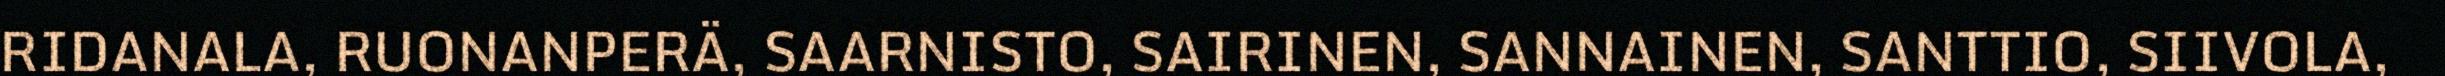
RIDANALA, RUONANPERÄ, SAARNISTO, SAIRINEN, SANNAINEN, SANTTIO, SIIVOLA,